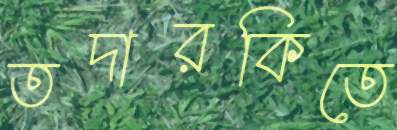
তদারকিতে